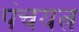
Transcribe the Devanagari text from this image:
पंचयत्न